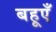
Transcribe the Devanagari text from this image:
बहूएँ